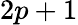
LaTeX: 2p+1